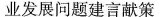
业发展问题建言献策